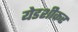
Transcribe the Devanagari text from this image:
येडशीकर